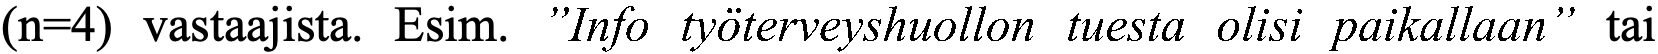
(n=4) vastaajista. Esim. ”Info työterveyshuollon tuesta olisi paikallaan” tai